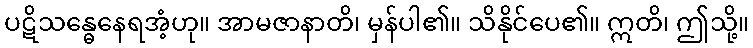
ပဋိသန္ဓေနေရအံ့ဟု။ အာမဇာနာတိ၊ မှန်ပါ၏။ သိနိုင်ပေ၏။ ဣတိ၊ ဤသို့။